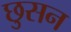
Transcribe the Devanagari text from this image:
छुसन